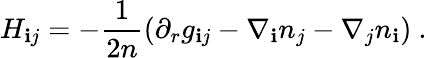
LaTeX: H_{\mathbf{i}j}=-\frac{1}{{2n}}\left(\partial_{r}g_{\mathbf{i}j}-\nabla_{\mathbf{i}}n_{j}-\nabla_{j}n_{\mathbf{i}}\right)~.